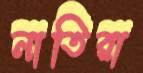
নাতিরা